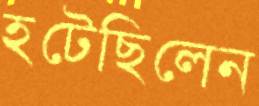
হটেছিলেন